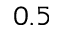
0 . 5